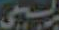
بیسی